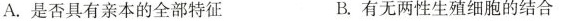
A.是否具有亲本的全部特征 B.有无两性生殖细胞的结合